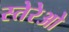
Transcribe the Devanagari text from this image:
स्तेरेओ